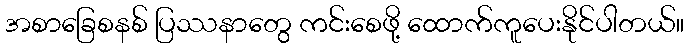
အစာခြေစနစ် ပြဿနာတွေ ကင်းစေဖို့ ထောက်ကူပေးနိုင်ပါတယ်။